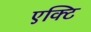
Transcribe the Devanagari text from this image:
एक्टि